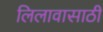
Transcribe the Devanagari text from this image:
लिलावासाठी